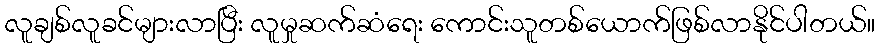
လူချစ်လူခင်များလာပြီး လူမှုဆက်ဆံရေး ကောင်းသူတစ်ယောက်ဖြစ်လာနိုင်ပါတယ်။